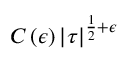
C \left( \epsilon \right) \left| \tau \right| ^ { { \frac { 1 } { 2 } } + \epsilon }